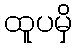
ထူပမှိ